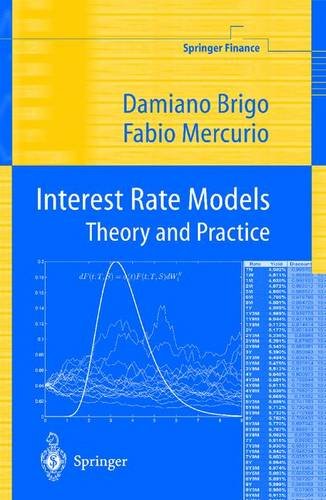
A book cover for Interest Rate Models; Damiano Brigo; Business & Money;